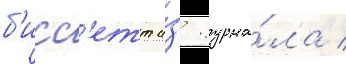
б'исс'етт и́з журна́ла